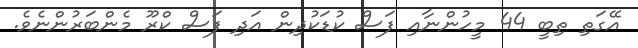
އޭގަތި ތިބީ 44 މީހުންނާއި ފަސް ކުޑަކުދިން އަދި ފަސް ކްރޫ މެންބަރުންނެވެ.